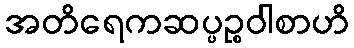
အတိရေကဆပ္ပဉ္စဝါစာဟိ